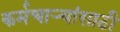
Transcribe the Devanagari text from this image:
कर्मचार्‍यांसाठी